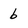
Character: b